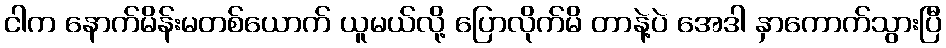
ငါက နောက်မိန်းမတစ်ယောက် ယူမယ်လို့ ပြောလိုက်မိ တာနဲ့ပဲ အေဒါ နှာကောက်သွားပြီ